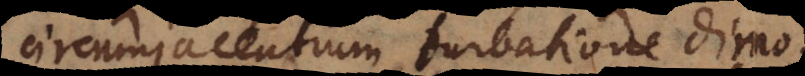
circumjacentium turbatione dimoventur,